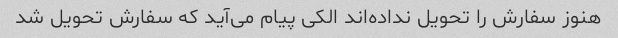
هنوز سفارش را تحویل نداده‌اند الکی پیام می‌آید که سفارش تحویل شد